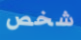
شخص